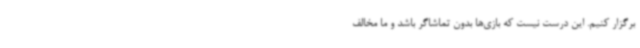
برگزار کنیم. این درست نیست که بازی‌ها بدون تماشاگر باشد و ما مخالف